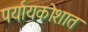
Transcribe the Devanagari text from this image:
पर्यायकोशात